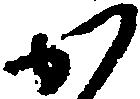
か